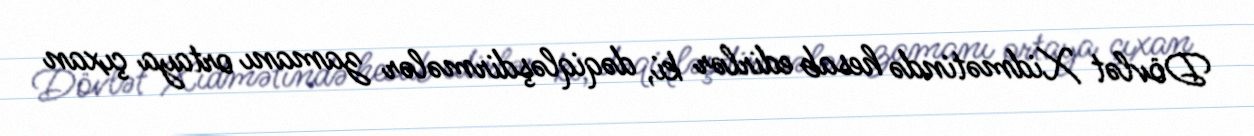
Dövlət Xidmətində hesab edirlər ki, dəqiqləşdirmələr zamanı ortaya çıxan